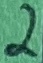
Text: 2